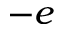
- e